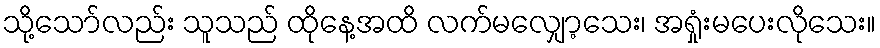
သို့သော်လည်း သူသည် ထိုနေ့အထိ လက်မလျှော့သေး၊ အရှုံးမပေးလိုသေး။